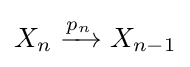
X_{n}\xrightarrow {p_{n}} X_{n-1}